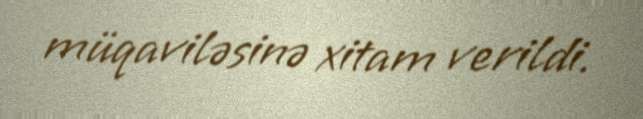
müqaviləsinə xitam verildi.